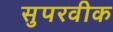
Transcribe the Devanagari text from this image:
सुपरवीक